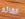
القائم